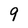
Character: 9